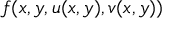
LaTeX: f ( x , y , u ( x , y ) , v ( x , y ) )